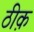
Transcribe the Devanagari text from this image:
ठीक़